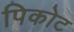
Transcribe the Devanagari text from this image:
पिकोट